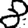
Digit: 8